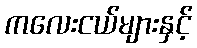
ကလေးငယ်များနှင့်